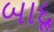
બાદૢ